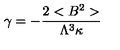
\gamma = - \frac { 2 < B ^ { 2 } > } { \Lambda ^ { 3 } \kappa }